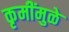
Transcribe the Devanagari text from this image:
कृमींमुळे